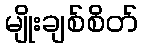
မျိုးချစ်စိတ်